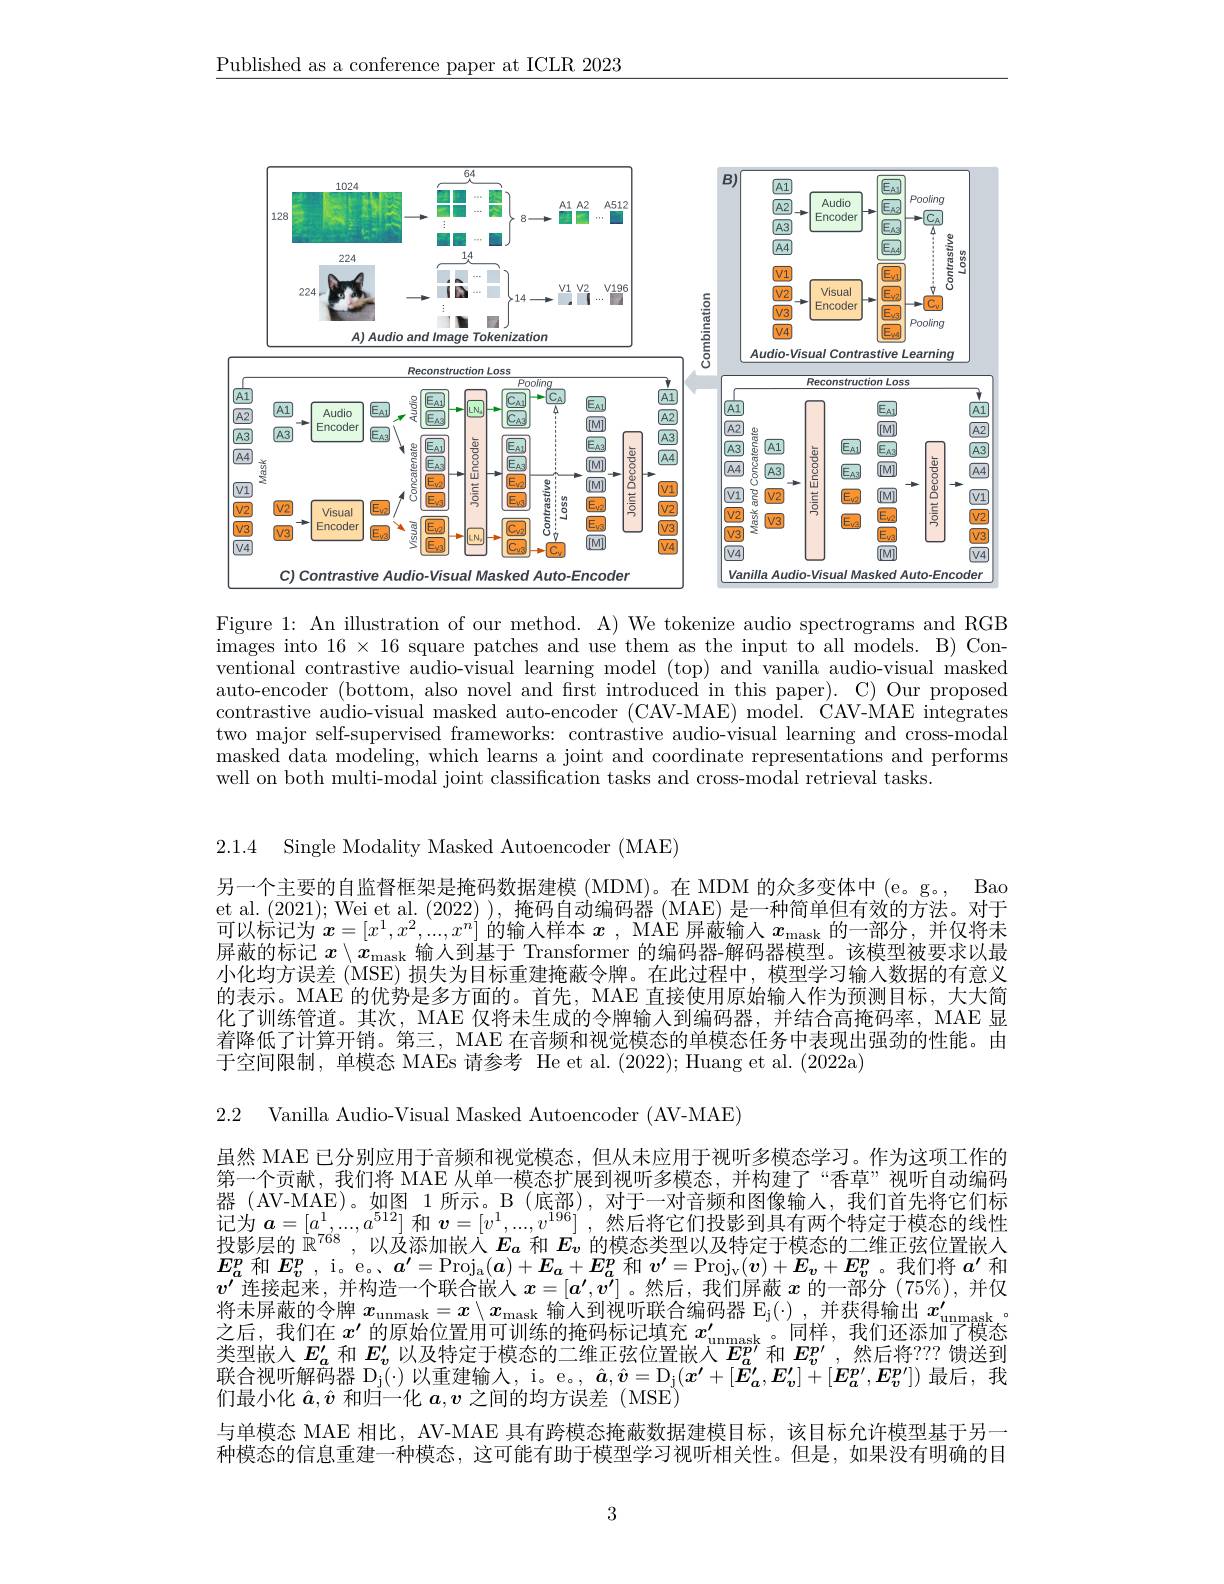
$\underline{\text{Published as a conference paper at ICLR 2023}}$

<FigureHere>

Figure 1: An illustration of our method. A) We tokenize audio spectrograms and RGB $\bar{\text{images into }16\times16}$ square patches and use them as the input to all models. B) Conventional contrastive audio-visual learning model (top) and vanilla audio-visual masked auto-encoder (bottom, also novel and first introduced in this paper). C) Our proposed contrastive audio-visual masked auto-encoder (CAV-MAE) model. ĆAV-MAE integrates two major self-supervised frameworks: contrastive audio-visual learning and cross-modal masked data modeling, which learns a joint and coordinate representations and performs well on both multi-modal joint classification tasks and cross-modal retrieval tasks.

2.1.4 Single Modality Masked Autoencoder (MAE)

另一个主要的自监督框架是掩码数据建模 (MDM)。在 MDM 的众多变体中 (e。g。,
Bao
et al. (2021); Wei et al. (2022)),掩码自动编码器 (MAE) 是一种简单但有效的方法。对于可以标记为$^\prime\boldsymbol{x}=[x^1,x^2,...,x^n]$的输入样本 $x$ , MAE 屏蔽输人 $x_\mathrm{mask}$ 的一部分，并仅将未屏蔽的标记$x\setminus\bar{x_\mathrm{mask}\text{ 输人到基于 Transformer 的编码器-解码器模型。该模型被要求以最}}$ 小化均方误差 (MSE) 损失为目标重建掩蔽令牌。在此过程中，模型学习输人数据的有意义的表示。MAE 的优势是多方面的。首先，MAE 直接使用原始输入作为预测目标，大大简化了训练管道。其次，MAE 仅将未生成的令牌输入到编码器，并结合高掩码率，MAE 显着降低了计算开销。第三，MAE 在音频和视觉模态的单模态任务中表现出强劲的性能。由于空间限制，单模态 MAEs 请参考 He et al.(2022);Huang et al.(2022a)

2.2 Vanilla Audio-Visual Masked Autoencoder (AV-MAE)

虽然 MAE 已分别应用于音频和视觉模态，但从未应用于视听多模态学习。作为这项工作的第一个贡献，我们将 MAE 从单一模态扩展到视听多模态，并构建了“香草”视听自动编码器 (AV-MAE)。如图 1 所示。B (底部),对于一对音频和图像输入，我们首先将它们标记为$\boldsymbol{a}=[a^1,...,a^{512}]$和$\boldsymbol{v}=[v^1,...,v^{196}]$ ,然后将它们投影到具有两个特定于模态的线性投影层的$\dot{\mathbb{R}}^{768}$
以及添加嵌入$E_a$和$E_v$的模态类型以及特定于模态的二维正弦位置嵌入
$E_a^p$和$E_v^p$, i。e。、$a^\prime=\operatorname{Proj}_a(a)+E_a+E_a^p$和$v^\prime=\operatorname{Proj}_v(v)+E_v+E_v^p$。我们将$a^\prime$和$v^{\prime}$连接起来，并构造一个联合嵌入$x=[a^\prime,v^\prime]$。然后，我们屏蔽$x$的一部分(75%),并仅将未屏蔽的令牌$x_\mathrm{unmask}=x\setminus x_\mathrm{mask}$输入到视听联合编码器$\mathbb{E}_\mathrm{j}(\cdot)$,并获得输出$x_\mathrm{umask}^{\prime}$
同样，我们还添加了模态
之后，我们在$x^\prime$的原始位置用可训练的掩码标记填充$x_\mathrm{unmask}^{\prime}$
类型嵌入$E_a^{\prime}$和$E_v^{\prime}$以及特定于模态的二维正弦位置嵌入$E_a^{p\prime}$和$E_v^{p\prime}$ ,然后将？?? 馈送到$\begin{aligned}\text{联合视听解码器 D}_{\mathrm{j}}(\cdot)\text{ 以重建输入，i。e。, }\hat{a},\hat{v}=\mathcal{D}_{\mathrm{j}}(\boldsymbol{x^{\prime}}+[\boldsymbol{E}_{a}^{\prime},\boldsymbol{E}_{v}^{\prime}]+[\boldsymbol{E}_{a}^{\boldsymbol{p^{\prime}}},\boldsymbol{E}_{v}^{\boldsymbol{p^{\prime}}}])\text{ 最后，我}\\\text{们是小化 会 }\hat{a}_{\mathrm{~f}}\text{ 和门 }(\boldsymbol{k}_{\mathrm{~g~}},\boldsymbol{z}_{\mathrm{~f}})\text{ 以重建输入},\mathrm{~i。e。,~}\hat{a},\hat{v}=\mathcal{D}_{\mathrm{j}}(\boldsymbol{x^{\prime}}+[\boldsymbol{E}_{a}\end{aligned}$ 们最小化$\hat{a},\hat{v}$和归一化$a,v$之间的均方误差(MSE)
与单模态 MAE 相比，AV-MAE 具有跨模态掩蔽数据建模目标，该目标允许模型基于另一种模态的信息重建一种模态，这可能有助于模型学习视听相关性。但是，如果没有明确的目

3